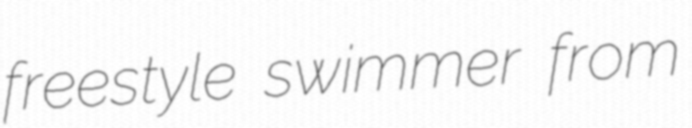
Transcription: freestyle swimmer from